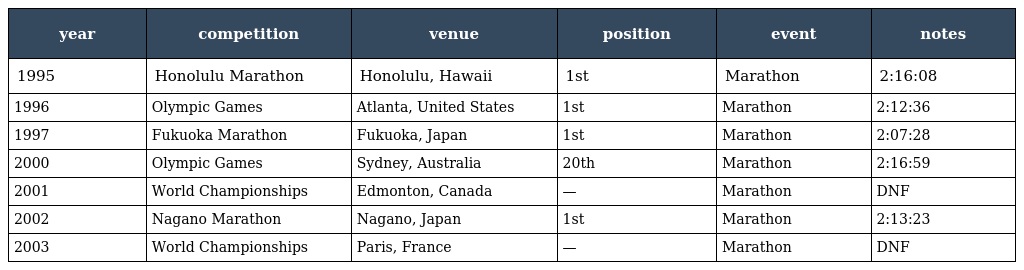
| year | competition | venue | position | event | notes |
 | --- | --- | --- | --- | --- | --- |
 | 1995 | Honolulu Marathon | Honolulu, Hawaii | 1st | Marathon | 2:16:08 |
 | 1996 | Olympic Games | Atlanta, United States | 1st | Marathon | 2:12:36 |
 | 1997 | Fukuoka Marathon | Fukuoka, Japan | 1st | Marathon | 2:07:28 |
 | 2000 | Olympic Games | Sydney, Australia | 20th | Marathon | 2:16:59 |
 | 2001 | World Championships | Edmonton, Canada | — | Marathon | DNF |
 | 2002 | Nagano Marathon | Nagano, Japan | 1st | Marathon | 2:13:23 |
 | 2003 | World Championships | Paris, France | — | Marathon | DNF |